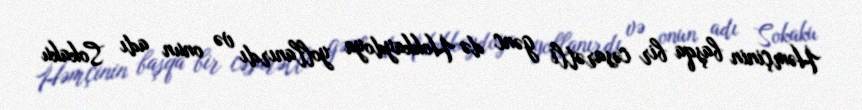
Həmçinin başqa bir cəsarətli gənc də Hokkaydoya yollanırdı və onun adı Sokaku